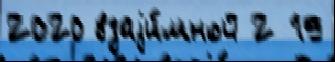
2020 взаjи́мной 2 19